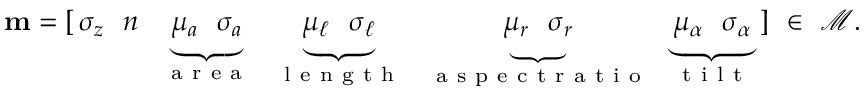
\mathbf { m } = [ \, \sigma _ { z } \ \ n \ \ \underbrace { \mu _ { a } \ \ \sigma _ { a } } _ { \mathrm { ~ a ~ r ~ e ~ a ~ } } \ \ \underbrace { \mu _ { \ell } \ \ \sigma _ { \ell } } _ { \mathrm { ~ l ~ e ~ n ~ g ~ t ~ h ~ } } \ \ \underbrace { \mu _ { r } \ \ \sigma _ { r } } _ { \mathrm { ~ a ~ s ~ p ~ e ~ c ~ t ~ r ~ a ~ t ~ i ~ o ~ } } \ \ \underbrace { \mu _ { \alpha } \ \ \sigma _ { \alpha } } _ { \mathrm { ~ t ~ i ~ l ~ t ~ } } \ ] \ \in \ \mathcal { M } .